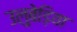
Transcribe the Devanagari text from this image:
उलुबेड़िया